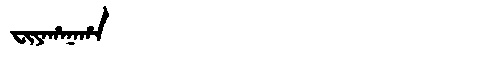
Manchu: ᠸᡳᠶᠠᡥᠠᠨᠠᡥᠠ
Romanization: FIYAHANAHA